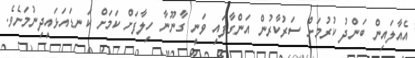
އެއާލައިން ބަންދު ކުރުމަށް ސަރުކާރުން އަންގާފައި ވަނީ ގާނޫނާ ހިލާފަށް ކަމަށް ކަނޑައަޅައިދިނުމަށެވެ.